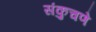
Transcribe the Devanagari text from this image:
संकुचणे